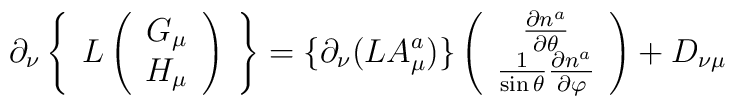
\partial_\nu\left\{\begin{array}{c}L\left(\begin{array}{c}G_\mu\\H_\mu\end{array}\right)\end{array}\right\}=\{\partial_\nu(LA^a_\mu)\}  \left(\begin{array}{c}  \frac{\partial n^a}{\partial\theta}\\  \frac{1}{\sin\theta}\frac{\partial n^a}{\partial\varphi}  \end{array}\right)+D_{\nu\mu}